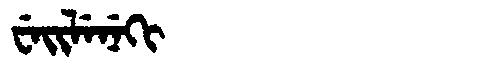
Manchu: ᠸᡝᡳᠯᡝᠨᡝᡴᡳ
Romanization: WEILENEKI